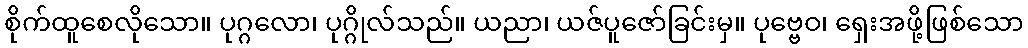
စိုက်ထူစေလိုသော။ ပုဂ္ဂလော၊ ပုဂ္ဂိုလ်သည်။ ယညာ၊ ယဇ်ပူဇော်ခြင်းမှ။ ပုဗ္ဗေဝ၊ ရှေးအဖို့ဖြစ်သော